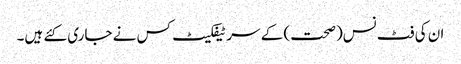
ان کی فٹ نس(صحت) کے سر ٹیفکیٹ کس نے جاری کئے ہیں۔